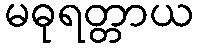
မဓုရတ္တာယ